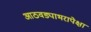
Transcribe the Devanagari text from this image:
आठवड्याभरापेक्षा